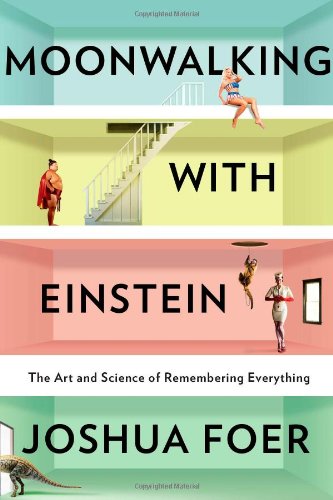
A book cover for Moonwalking With Einstein: The Art and Science of Remembering Everything; Joshua Foer; Medical Books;